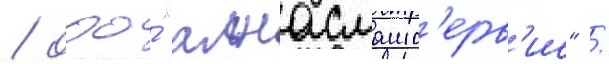
/ ооо́ "алнасмашс'ерв'ис" /